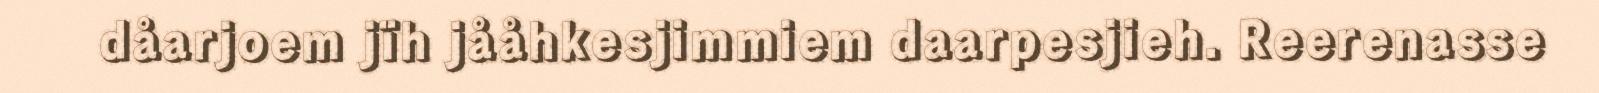
dåarjoem jïh jååhkesjimmiem daarpesjieh. Reerenasse